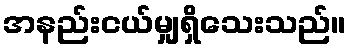
အနည်းငယ်မျှရှိသေးသည်။